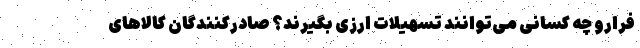
فرارو چه کسانی می‌توانند تسهیلات ارزی بگیرند؟ صادرکنندگان کالاهای